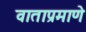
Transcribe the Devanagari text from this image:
वाताप्रमाणे